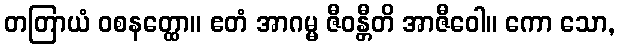
တတြာယံ ဝစနတ္ထော။ ဧတံ အာဂမ္မ ဇီဝန္တီတိ အာဇီဝေါ။ ကော သော,